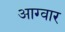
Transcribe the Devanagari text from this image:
आग्वार